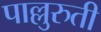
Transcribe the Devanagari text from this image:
पाल्लुरुती